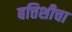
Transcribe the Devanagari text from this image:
बत्तिशीचा